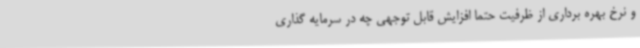
و نرخ بهره برداری از ظرفیت حتما افزایش قابل توجهی چه در سرمایه گذاری